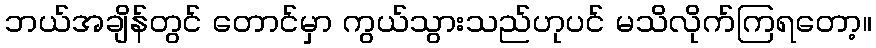
ဘယ်အချိန်တွင် တောင်မှာ ကွယ်သွားသည်ဟုပင် မသိလိုက်ကြရတော့။